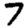
Digit: 7